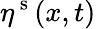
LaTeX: \eta^{\mathrm{~s~}}(x,t)